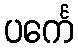
ပင်္ကေ